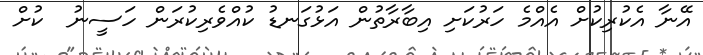
އޭނާ އެކުރިކުށް އެއްމެ ހަރުކަށި އިބާރާތުން އަޅުގަނޑު ކުއްވެރިކުރަން ހަސީނު  ކުށް